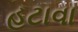
હટાવા